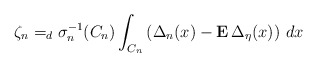
\begin{align*}\zeta _{n}=_{d}\sigma _{n}^{-1}(C_{n})\int_{C_{n}}\left( \Delta _{n}(x)-{\bf E\,}\Delta _{\eta }(x)\right) \,dx \end{align*}